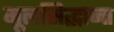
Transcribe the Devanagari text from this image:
मूलसिद्धान्त